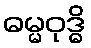
ဓမ္မဝုဒ္ဓိ